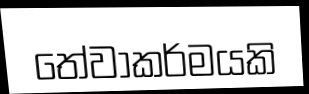
තේවාකර්මයකි